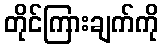
တိုင်ကြားချက်ကို